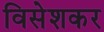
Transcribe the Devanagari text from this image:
विसेशकर